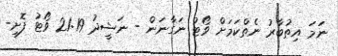
ނަމަ އިތުބާރު ނެތްކަމަށް ވޯޓު ނަގާނަން - ނަޝީދު 21:19 ވޯޓު ފޮށި-